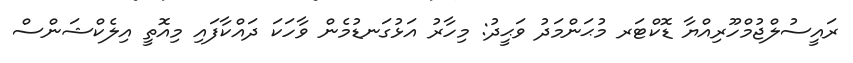
ރައީސުލްޖުމްހޫރިއްޔާ ޑޮކްޓަރ މުޙަންމަދު ވަޙީދު: މިހާރު އަޅުގަނޑުމެން ވާހަކަ ދައްކާފައި މިއޮތީ އިލެކްޝަންސް